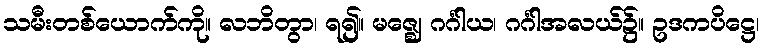
သမီးတစ်ယောက်ကို။ လဘိတွာ၊ ရ၍။ မဇ္ဈေ ဂင်္ဂါယ၊ ဂင်္ဂါအလယ်၌။ ဥဒကပိဋ္ဌေ၊